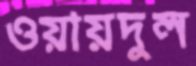
ওয়ায়দুল